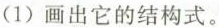
(1)画出它的结构式。